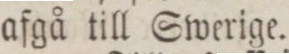
afgå till Swerige.